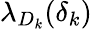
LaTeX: \lambda_{D_{k}}(\delta_{k})